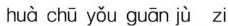
huà chū yǒu guān jù zi